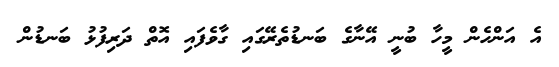
އެ އަންހެން މީހާ ބުނީ އޭނާގެ ބަނޑުތެރޭގައި ގާވެފައި އޮތް ދަރިފުޅު ބަނޑުން